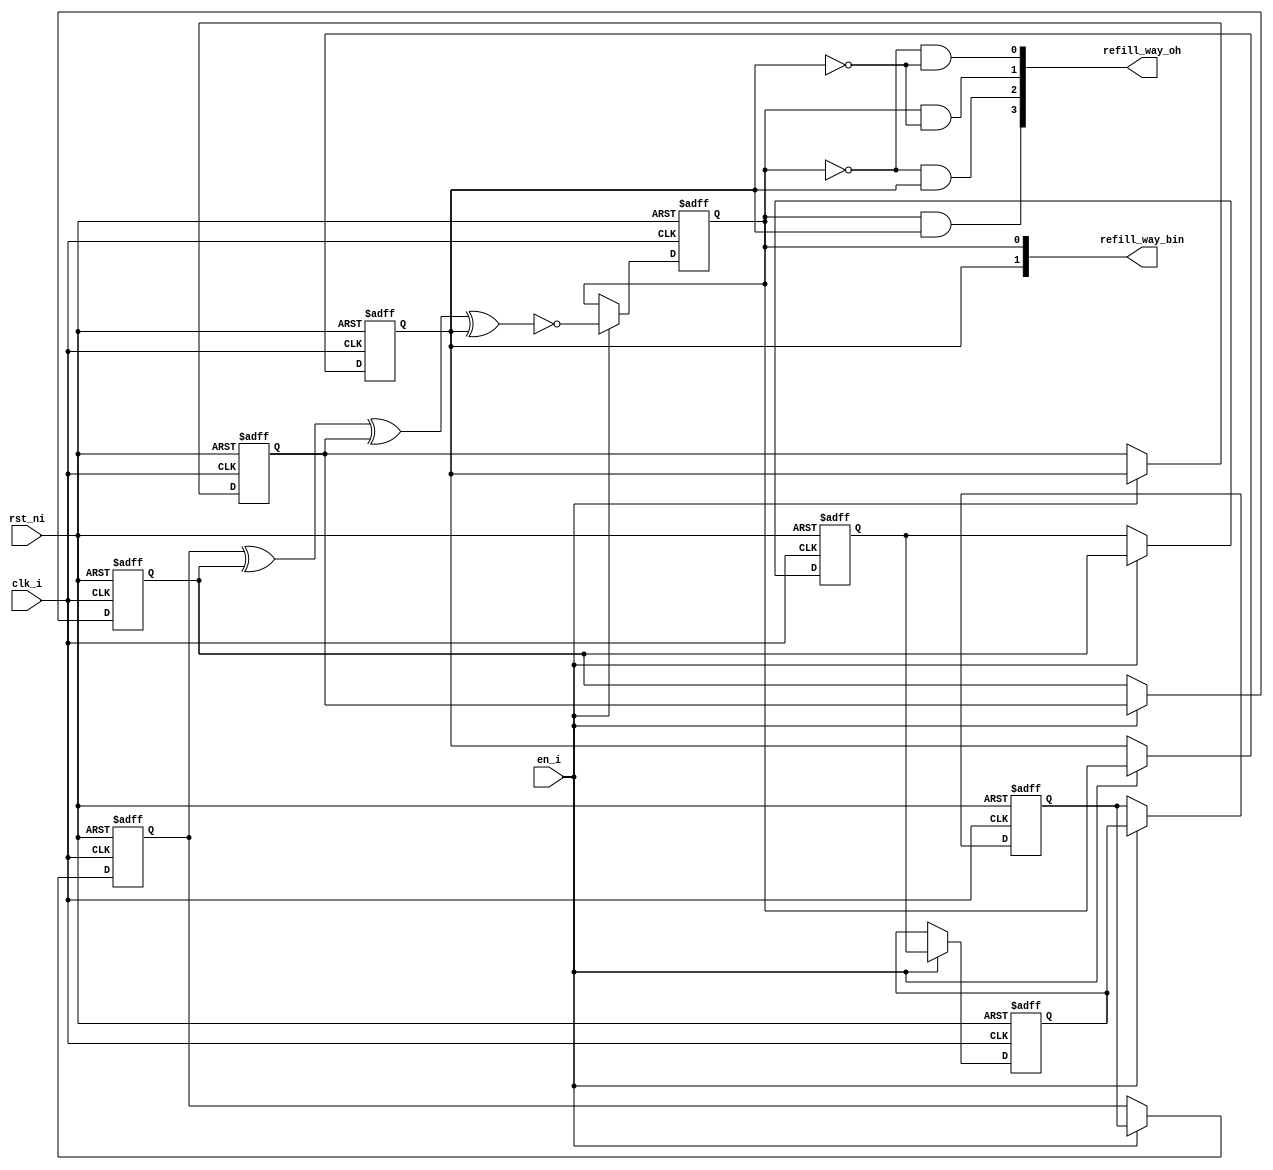
module lfsr_8bit_00000004
(
  clk_i,
  rst_ni,
  en_i,
  refill_way_oh,
  refill_way_bin
);

  output [3:0] refill_way_oh;
  output [1:0] refill_way_bin;
  input clk_i;
  input rst_ni;
  input en_i;
  wire [3:0] refill_way_oh;
  wire N0,N1,N2,N3,N4,N5,N6,N7,N8;
  reg [7:2] shift_q;
  reg [1:0] refill_way_bin;

  always @(posedge clk_i or posedge N5) begin
    if(N5) begin
      shift_q[7] <= 1'b0;
    end else if(en_i) begin
      shift_q[7] <= shift_q[6];
    end 
  end


  always @(posedge clk_i or posedge N5) begin
    if(N5) begin
      shift_q[6] <= 1'b0;
    end else if(en_i) begin
      shift_q[6] <= shift_q[5];
    end 
  end


  always @(posedge clk_i or posedge N5) begin
    if(N5) begin
      shift_q[5] <= 1'b0;
    end else if(en_i) begin
      shift_q[5] <= shift_q[4];
    end 
  end


  always @(posedge clk_i or posedge N5) begin
    if(N5) begin
      shift_q[4] <= 1'b0;
    end else if(en_i) begin
      shift_q[4] <= shift_q[3];
    end 
  end


  always @(posedge clk_i or posedge N5) begin
    if(N5) begin
      shift_q[3] <= 1'b0;
    end else if(en_i) begin
      shift_q[3] <= shift_q[2];
    end 
  end


  always @(posedge clk_i or posedge N5) begin
    if(N5) begin
      shift_q[2] <= 1'b0;
    end else if(en_i) begin
      shift_q[2] <= refill_way_bin[1];
    end 
  end


  always @(posedge clk_i or posedge N5) begin
    if(N5) begin
      refill_way_bin[1] <= 1'b0;
    end else if(en_i) begin
      refill_way_bin[1] <= refill_way_bin[0];
    end 
  end


  always @(posedge clk_i or posedge N5) begin
    if(N5) begin
      refill_way_bin[0] <= 1'b0;
    end else if(en_i) begin
      refill_way_bin[0] <= N4;
    end 
  end

  assign refill_way_oh[3] = refill_way_bin[0] & refill_way_bin[1];
  assign refill_way_oh[2] = N0 & refill_way_bin[1];
  assign N0 = ~refill_way_bin[0];
  assign refill_way_oh[1] = refill_way_bin[0] & N1;
  assign N1 = ~refill_way_bin[1];
  assign refill_way_oh[0] = N2 & N3;
  assign N2 = ~refill_way_bin[0];
  assign N3 = ~refill_way_bin[1];
  assign N4 = ~N8;
  assign N8 = N7 ^ refill_way_bin[1];
  assign N7 = N6 ^ shift_q[2];
  assign N6 = shift_q[7] ^ shift_q[3];
  assign N5 = ~rst_ni;

endmodule